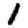
Digit: 1